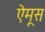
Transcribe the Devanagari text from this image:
ऐमूस